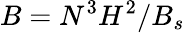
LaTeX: B=N^{3}H^{2}/B_{s}